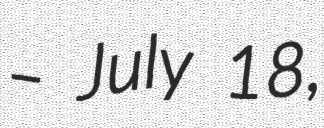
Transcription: – July 18,